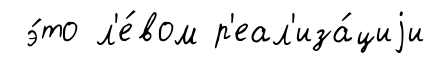
э́то л'е́вом р'еал'иза́циjи